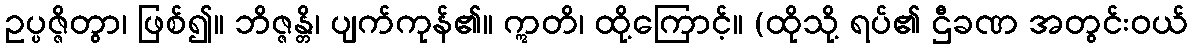
ဥပ္ပဇ္ဇိတွာ၊ ဖြစ်၍။ ဘိဇ္ဇန္တိ၊ ပျက်ကုန်၏။ ဣတိ၊ ထို့ကြောင့်။ (ထိုသို့ ရပ်၏ ဌီခဏ အတွင်းဝယ်